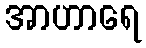
အာဟာရေ